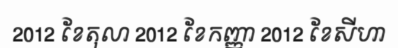
2012 ខែតុលា 2012 ខែកញ្ញា 2012 ខែសីហា